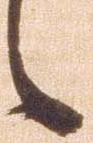
之